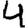
Digit: 4